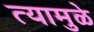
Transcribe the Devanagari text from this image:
त्यामुळे